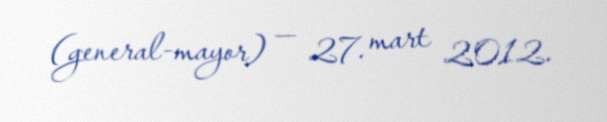
(general-mayor) — 27. mart 2012.